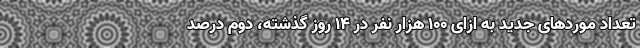
تعداد موردهای جدید به ازای ۱۰۰ هزار نفر در ۱۴ روز گذشته، دوم درصد